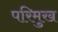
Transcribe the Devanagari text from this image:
परिमुख